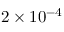
2 \times 1 0 ^ { - 4 }